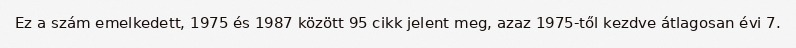
Ez a szám emelkedett, 1975 és 1987 között 95 cikk jelent meg, azaz 1975-től kezdve átlagosan évi 7.